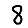
Digit: 8